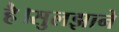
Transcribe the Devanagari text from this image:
है।सुलझाने